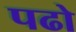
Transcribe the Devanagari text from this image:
पढो